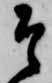
そ